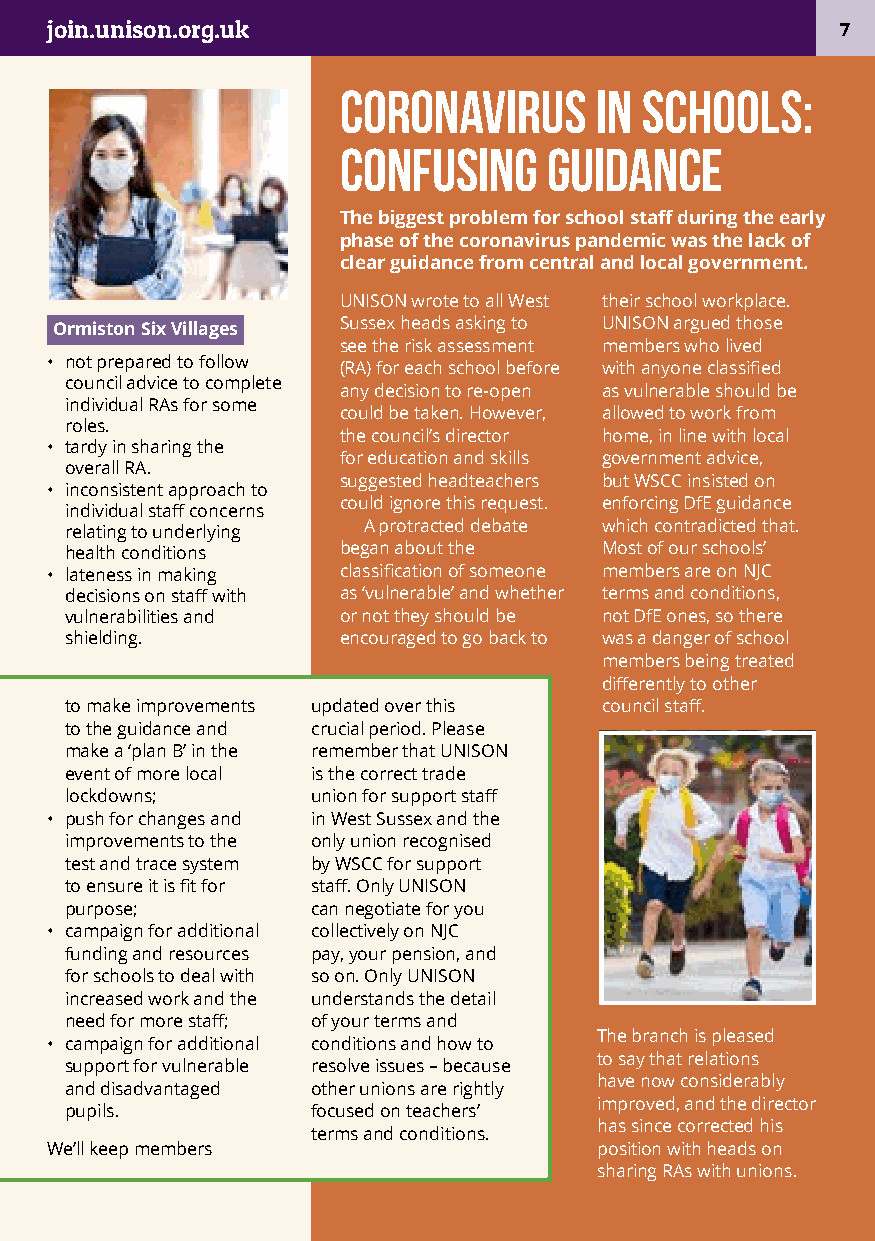
join.unison.org.uk                                   7
 Coronavirus      in schools:
 confusing     guidance
 The biggest problem for school staff during the early
 phase of the coronavirus pandemic was the lack of
 clear guidance from central and local government.
 UNISON wrote to all West their school workplace.
 Ormiston Six Villages Sussex heads asking to UNISON argued those
 see the risk assessment members who lived
 • not prepared to follow (RA) for each school before with anyone classified
 council advice to complete
 any decision to re-open as vulnerable should be
 individual RAs for some
 could be taken. However, allowed to work from
 roles.
 the council’s director home, in line with local
 • tardy in sharing the
 for education and skills government advice,
 overall RA.
 suggested headteachers but WSCC insisted on
 • inconsistent approach to
 could ignore this request. enforcing DfE guidance
 individual staff concerns
 relating to underlying A protracted debate which contradicted that.
 health conditions began about the   Most of our schools’
 • lateness in making classification of someone members are on NJC
 decisions on staff with as ‘vulnerable’ and whether terms and conditions,
 vulnerabilities and or not they should be not DfE ones, so there
 shielding.        encouraged to go back to was a danger of school
 members being treated
 differently to other
 to make improvements updated over this council staff.
 to the guidance and crucial period. Please
 make a ‘plan B’ in the remember that UNISON
 event of more local is the correct trade
 lockdowns;       union for support staff
 • push for changes and in West Sussex and the
 improvements to the only union recognised
 test and trace system by WSCC for support
 to ensure it is fit for staff. Only UNISON
 purpose;         can negotiate for you
 • campaign for additional collectively on NJC
 funding and resources pay, your pension, and
 for schools to deal with so on. Only UNISON
 increased work and the understands the detail
 need for more staff; of your terms and
 The branch is pleased
 • campaign for additional conditions and how to
 to say that relations
 support for vulnerable resolve issues – because
 have now considerably
 and disadvantaged other unions are rightly
 improved, and the director
 pupils.          focused on teachers’
 has since corrected his
 terms and conditions.
 We’ll keep members                  position with heads on
 sharing RAs with unions.